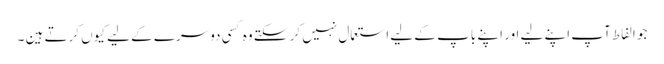
جو الفاط آپ اپنے لیے اور اپنے باپ کے لیے استعمال نہیں کر سکتے وہ کسی دوسرے کے لیے کیوں کرتے ہین ۔